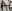
Text: A6